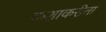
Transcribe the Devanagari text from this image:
कशाकरीता